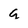
Character: g